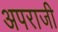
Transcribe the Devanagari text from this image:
अपराजी